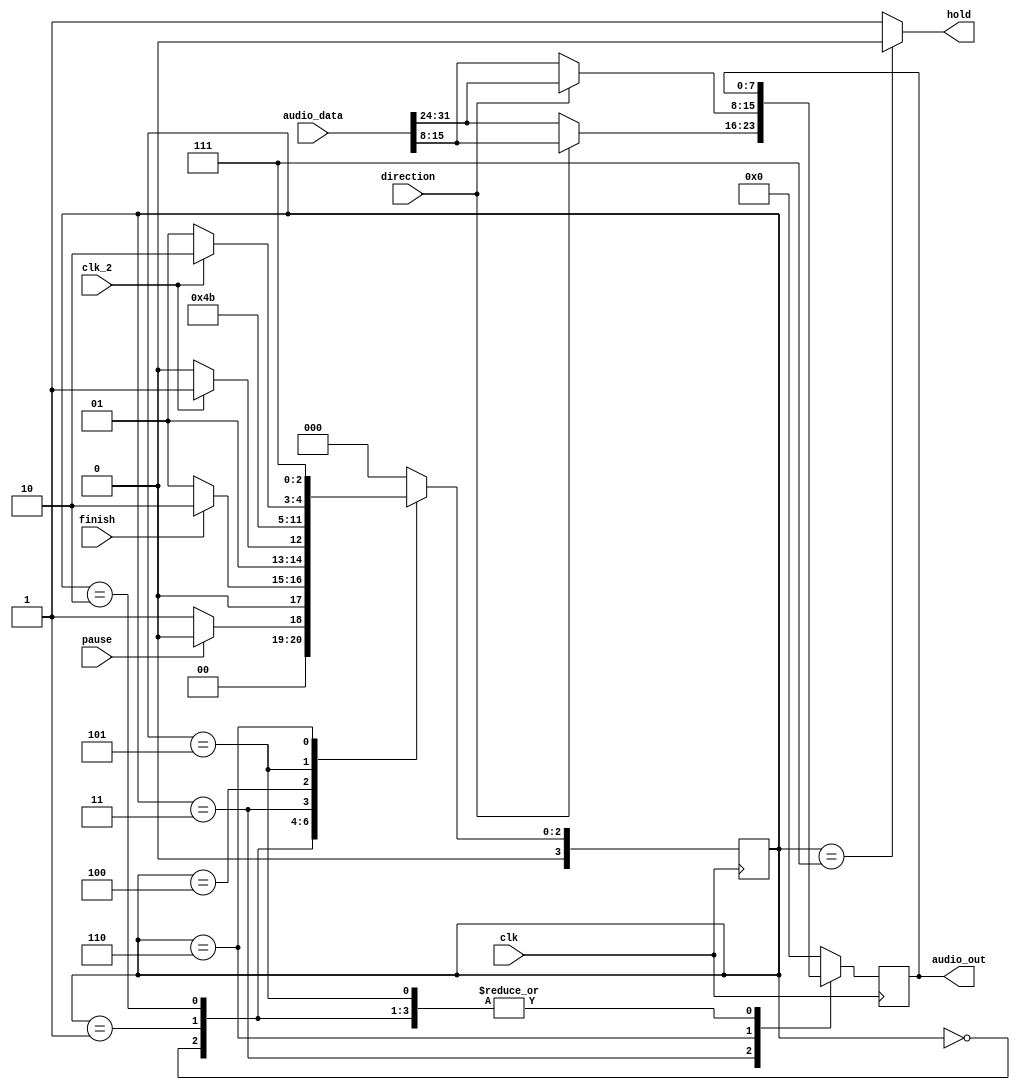
`define check 3'b000
`define reading 3'b001
`define timing 3'b010
`define output_lower 3'b011 
`define wait_1 3'b100
`define timing_2 3'b101
`define output_upper 3'b110
`define wait_2 3'b111

module audio_out(clk, clk_2, finish, direction, pause, hold, audio_data, audio_out);
input clk, clk_2, finish;
input direction, pause;

input [31:0] audio_data;
output reg [7:0] audio_out;
output reg hold;

reg [7:0] audio_select;
reg [3:0] state, next;



always @(posedge clk) begin   //every posedge, update states and audio_output
state <= next; 
audio_out<=audio_select; end


always @(*) begin

	case (state)

	`check: begin audio_select = audio_out; hold=1;    //check to see if we are in playing or pause state, keep hold1, address doesnt change
		if(!pause) next = `reading;
		else next = `check;
		end
	

	`reading: begin audio_select = audio_out; hold=1;   //audio output stays same, if the read flash is finished then move on
		if(finish) next = `timing;
		else next = `reading;
		end

	`timing: begin audio_select = audio_out; hold=1;  //audio still same, if we get posedge of 22hz clk, then move on
		if(clk_2) next = `output_lower;
		else next = `timing;
		end

	`output_lower: begin next = `wait_1; hold=1;         //depending on direction, either put lower bits or upper, keep holding address
		if(direction) audio_select = audio_data[15:8];
		else audio_select = audio_data[31:24];
		end

	`wait_1: begin next = `timing_2; hold=1;    //move onto next state to allow output
		audio_select = audio_out; 
		end

	`timing_2: begin audio_select = audio_out; hold=1;   //check for next posedge of 22hz
		if(clk_2) next = `output_upper;
		else next = `timing_2;
		end

 	`output_upper: begin next = `wait_2; hold=1;   //put the other side bits into output
		if(direction) audio_select = audio_data[31:24];	
		else audio_select = audio_data[15:8];
		end
 
	`wait_2: begin next = `check; hold=0;   //take hold off, so address can inc/dec
		audio_select = audio_out; 
		end
	


	default: begin next = `check;
		audio_select = 8'b0; 
		hold=1;
		end
	
	endcase 
end




endmodule